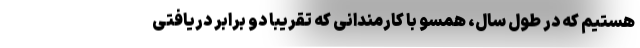
هستیم که در طول سال، همسو با کارمندانی که تقریباً دو برابر دریافتی